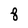
Character: 8